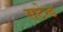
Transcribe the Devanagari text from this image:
सटेन्ड